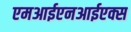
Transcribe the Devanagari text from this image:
एमआईएनआईएक्स